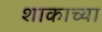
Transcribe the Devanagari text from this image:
शाकाच्या